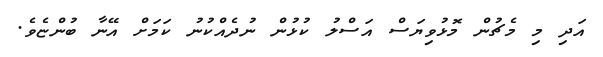
އަދި މި މެޗުން މޮޅުވިޔަސް އަސްލު ކުޅުން ނުދެއްކުނު ކަމަށް އޭނާ ބުންޏެވެ.